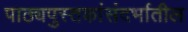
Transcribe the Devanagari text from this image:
पाठ्यपुस्तकांसंदर्भातील